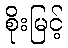
စိုးမြင့်